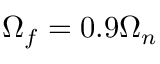
\Omega _ { f } = 0 . 9 \Omega _ { n }